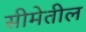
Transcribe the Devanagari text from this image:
सीमेतील